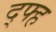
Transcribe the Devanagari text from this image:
द्फ्ह